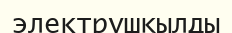
электрұшқылды